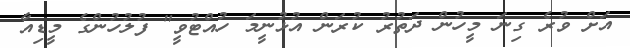
އަށް ވުރެ ގިނަ މީހުން ދަތުރު ކުރަން އުޅުނީމަ ހުއްޓުވީ" ފުލުހުންގެ މީޑިއާ